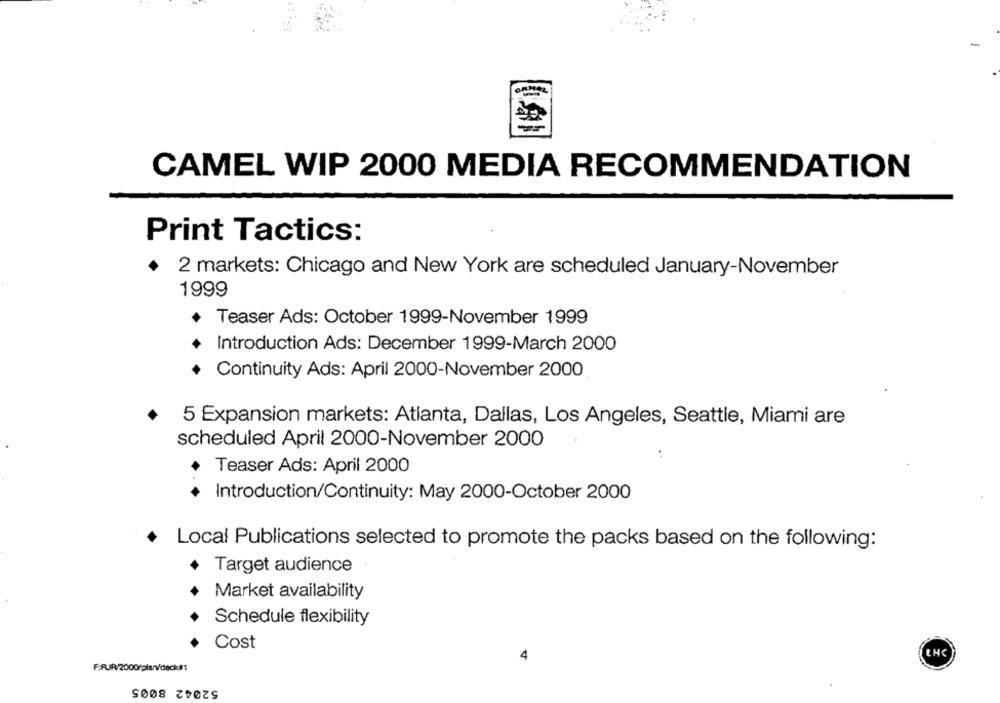
CAMEL WIP 2000 MEDIA RECOMMENDATION
Print Tactics:
2 markets: Chicago and New York are scheduled January-November
1999
+ Teaser Ads: October 1999-November 1999
Introduction Ads: December 1999-March 2000
Continuity Ads: April 2000-November 2000
5 Expansion markets: Atlanta, Dallas, Los Angeles, Seattle, Miami are
scheduled April 2000-November 2000
Teaser Ads: April 2000
Introduction/Continuity: May 2000-October 2000
Local Publications selected to promote the packs based on the following:
Target audience
Market availability
Schedule flexibility
Cost
LHC
4
F.R.R/2000rplanv/deck#1
52042 8005